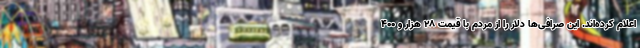
اعلام کرده‌اند. این صرافی‌ها دلار را از مردم با قیمت ۲۸ هزار و ۴۰۰